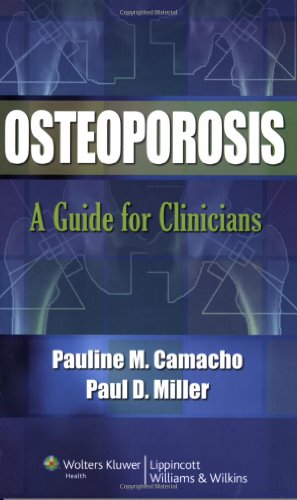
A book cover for Osteoporosis: A Guide for Clinicians; Pauline M. Camacho; Health, Fitness & Dieting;